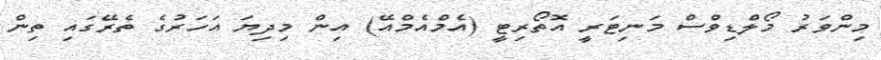
މިންވަރު މޯލްޑިވްސް މަނިޓަރީ އޮތޯރިޓީ (އެމްއެމްއޭ) އިން މިދިޔަ އަހަރުގެ ތެރޭގައި ތިން